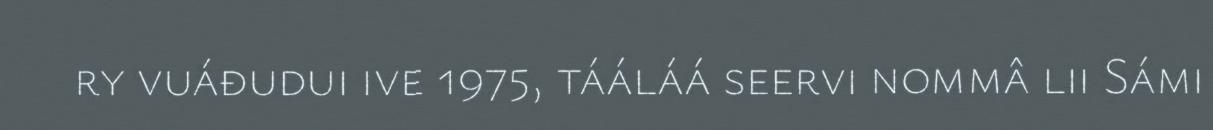
ry vuáđudui ive 1975, tááláá seervi nommâ lii Sámi